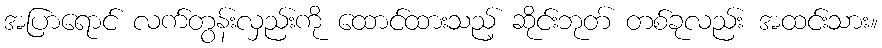
အပြာရောင် လက်တွန်းလှည်းကို ထောင်ထားသည့် ဆိုင်းဘုတ် တစ်ခုလည်း အထင်းသား။